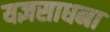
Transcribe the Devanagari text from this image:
यज्ञसाधना